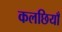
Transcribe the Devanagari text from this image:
कलछियाँ